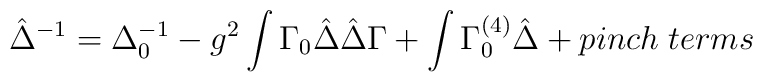
\hat{\Delta}^{-1}=\Delta_0^{-1} -g^2\int \Gamma_0\hat{\Delta}\hat{ \Delta} \Gamma+  \int \Gamma^{(4)}_0\hat{\Delta} +pinch\; terms